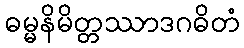
ဓမ္မနိမိတ္တဿာဒဂဓိတံ